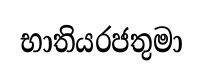
භාතියරජතුමා